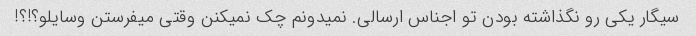
سیگار یکی رو نگذاشته بودن تو اجناس ارسالی. نمیدونم چک نمیکنن وقتی میفرستن وسایلو؟!؟!